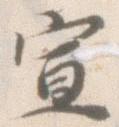
宣